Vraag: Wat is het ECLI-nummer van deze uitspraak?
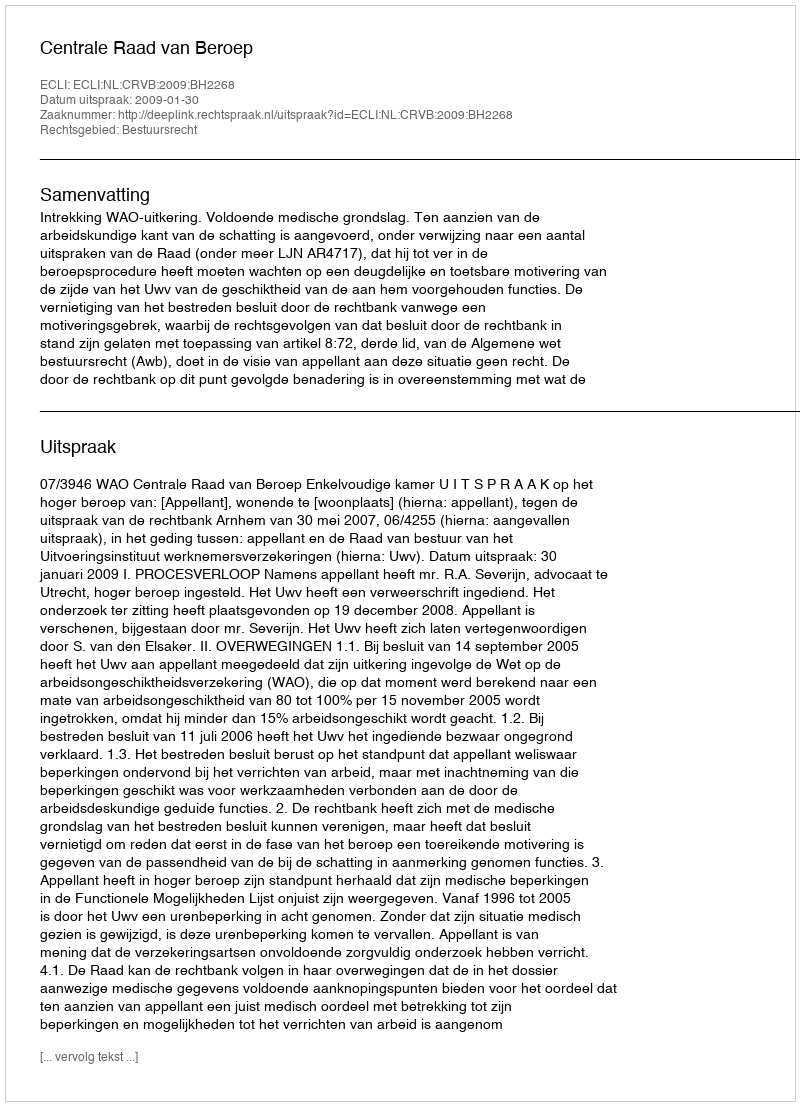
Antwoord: ECLI:NL:CRVB:2009:BH2268